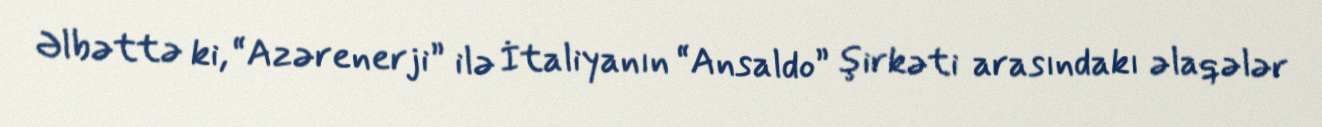
Əlbəttə ki, “Azərenerji” ilə İtaliyanın “Ansaldo” şirkəti arasındakı əlaqələr